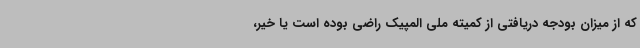
که از میزان بودجه دریافتی از کمیته ملی المپیک راضی بوده است یا خیر،